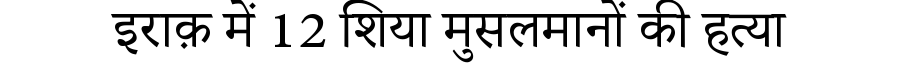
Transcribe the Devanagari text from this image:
इराक़ में 12 शिया मुसलमानों की हत्या